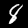
Digit: 8